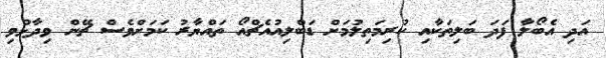
އަދި އެބޯލާ ފަދަ ބަލިތަކާއި ކުރިމަތިލުމަށް ޑަބްލިއުއެޗްއޯ ތައްޔާރު ކަމަށްވެސް ޗޭން ވިދާޅުވި